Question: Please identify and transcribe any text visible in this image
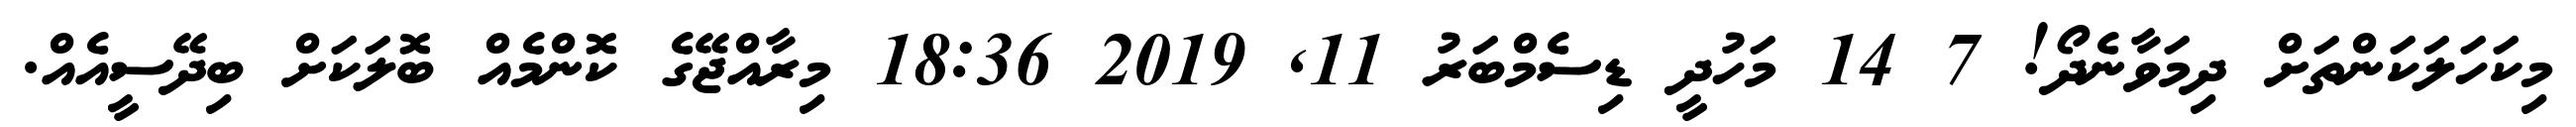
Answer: މިކަހަލަކަންތަށް ދިމަވާނެދޯ! 7 14 މަހުދީ ޑިސެމްބަރު 11, 2019 18:36 މިރާއްޖޭގެ ކޮންމެއް ބޮލަކަށް ބިދޭސީއެއް.